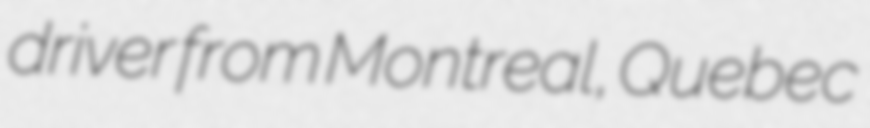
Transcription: driver from Montreal, Quebec